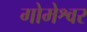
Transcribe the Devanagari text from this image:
गोमेश्वर